Civil Veterinary Department. United Provinces 1912-22 - 1912-1922
Year: 1912
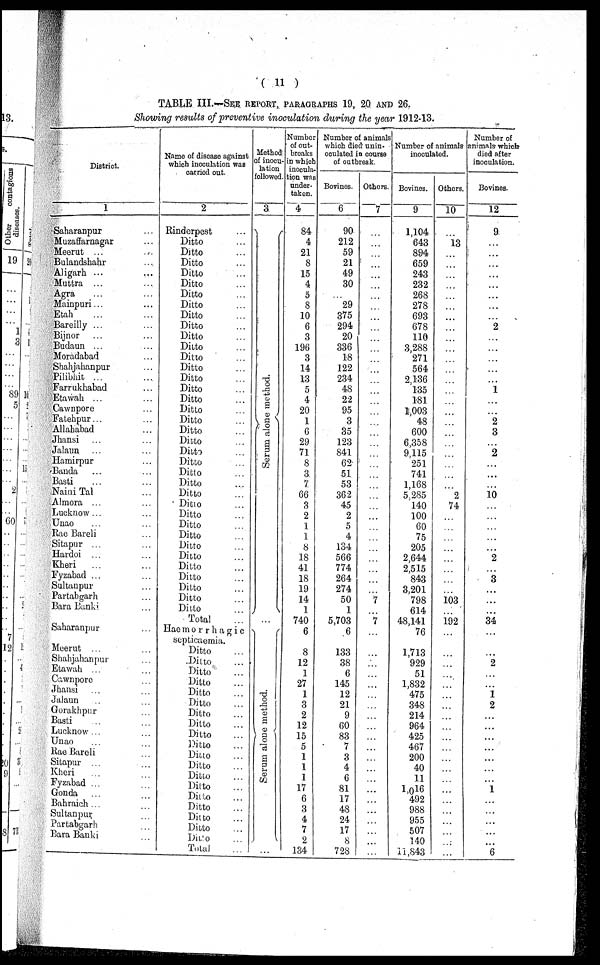
( 11 )
TABLE III.—SEE REPORT, PARAGRAPHS 19, 20 AND 26.
Showing results of preventive inoculation during the year 1912-13.
District.
1
Saharanpur ... ...
Muzaffarnagar ... ...
Meerut ... ...
Bulandshahr ... ...
Aligarh ... ...
Muttra ... ...
Agra ... ...
Mainpuri ... ...
Etah ... ...
Bareilly ... ...
Bijnor ... ...
Budaun ... ...
Moradabad ...
Shahjahanpur ...
Pilibhit ... ...
Farrukhabad ...
Eta wah ... ...
Cawnpore ... ...
Fatehpur... ...
Allahabad ... ...
Jhansi ... ...
Jalaun ... ...
Hamirpur ... ...
Banda ... ...
Basti ... ...
Naini Tal ...
Almora ... ...
Lucknow... ...
Unao ... ...
Rae Bareli ...
Sitapur ... ...
Hardoi ... ...
Kheri ... ...
Fyzabad ... ...
Sultanpur ...
Partabgarh ...
Bara Banki ...
Saharanpur ...
Meerut ... ...
Shahjahanpur ...
Etawah ... ...
Cawnpore ... ...
Jhansi ... ...
Jalaun ... ...
Gorakhpur ...
Basti ... ...
Lucknow ... ...
Unao ... ...
Rae Bareli ... ...
Sitapur ...
...
Kheri ... ...
Fyzabad ... ...
Gonda ... ...
Bahraich ... ...
Sultanpur ... ...
Partabgarh ...
Bara Banki ...
Name of disease against
which inoculation was
carried out.
2
Rinderpest ...
Ditto ...
Ditto ...
Ditto ...
Ditto ...
Ditto ...
Ditto ...
Ditto ...
Ditto ...
Ditto ...
Ditto ...
Ditto ...
Ditto ...
Ditto ...
Ditto ...
Ditto ...
Ditto ...
Ditto ...
Ditto ...
Ditto ...
Ditto ...
Ditto ...
Ditto
...
Ditto ...
Ditto ...
Ditto ...
Ditto ...
Ditto ...
Ditto ...
Ditto ...
Ditto ...
Ditto ...
Ditto ...
Ditto ...
Ditto ...
Ditto ...
Ditto ...
Total ...
Haemorrhagic
septicaemia.
Ditto ...
Ditto ...
Ditto ...
Ditto ...
Ditto ...
Ditto ...
Ditto ...
Ditto ...
Ditto ...
Ditto ...
Ditto ...
Ditto ...
Ditto ...
Ditto ...
Ditto ...
Ditto ...
Ditto ...
Ditto ...
Ditto ...
Total ...
Method
of inocu-
lation
followed.
3
Serum alone method.
...
Serum alone method.
...
Number
of out-
breaks
in which
inocula-
tion was
under-
taken.
4
84
4
21
8
15
4
5
8
10
6
3
196
3
14
13
5
4
20
1
6
29
71
8
3
7
66
3
2
1
1
8
18
41
18
19
14
1
740
6
8
12
1
27
1
3
2
12
15
5
1
1
1
17
6
3
4
7
2
134
Number of animals
which died unin-
ooulated in course
of outbreak.
Bovines.
6
90
212
59
21
49
30
...
29
375
294
20
336
18
122
234
48
22
95
3
35
123
841
62
51
53
362
45
2
5
4
134
566
774
264
274
50
1
5,703
6
133
38
6
145
12
21
9
60
83
7
3
4
6
81
17
48
24
17
8
728
Others.
7
...
...
...
...
...
...
...
...
...
...
...
...
...
...
...
...
...
...
...
...
...
...
...
...
...
...
...
...
...
...
...
...
...
...
...
7
...
7
...
...
...
...
...
...
...
...
...
...
...
...
...
...
...
...
...
...
...
...
...
Number of animals
inoculated.
Bovines.
9
1,104
643
894
659
243
232
268
278
693
678
110
3,288
271
564
2,136
135
181
1,003
48
600
6,358
9,115
251
741
1,168
5.285
140
100
60
75
205
2,644
2,515
843
3,201
798
614
48,141
76
1,713
929
51
1,832
475
348
214
964
425
467
200
40
11
1,016
492
988
955
507
140
11,843
Others.
10
...
13
...
...
...
...
...
...
...
...
...
...
...
...
...
...
...
...
...
...
...
...
...
...
...
2
74
...
...
...
...
...
...
...
...
103
...
192
...
...
...
...
...
...
...
...
...
...
...
...
...
...
...
...
...
...
...
...
...
Number of
animals which
died after
inoculation.
Bovines.
12
9
...
...
...
...
...
...
...
...
2
...
...
...
...
...
1
...
...
2
3
...
2
...
...
...
10
...
...
...
...
...
2
...
3
...
...
...
34
...
...
2
...
...
1
2
...
...
...
...
...
...
...
1
...
...
...
...
...
6